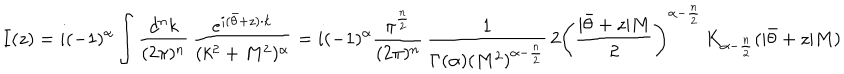
I ( z ) = i ( - 1 ) ^ { \alpha } \int { \frac { d ^ { n } k } { ( 2 \pi ) ^ { n } } } \, { \frac { e ^ { i ( \bar { \theta } + z ) \cdot k } } { ( k ^ { 2 } + M ^ { 2 } ) ^ { \alpha } } } = i ( - 1 ) ^ { \alpha } { \frac { \pi ^ { \frac { n } { 2 } } } { ( 2 \pi ) ^ { n } } } \, { \frac { 1 } { \Gamma ( \alpha ) ( M ^ { 2 } ) ^ { \alpha - { \frac { n } { 2 } } } } } \, 2 \left( { \frac { | \bar { \theta } + z | M } { 2 } } \right) ^ { \alpha - { \frac { n } { 2 } } } \, K _ { \alpha - { \frac { n } { 2 } } } ( | \bar { \theta } + z | M )